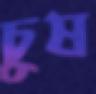
চুষ